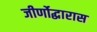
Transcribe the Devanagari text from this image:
जीर्णोद्धारास